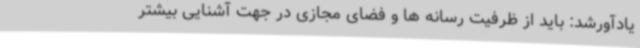
یادآورشد: باید از ظرفیت رسانه ها و فضای مجازی در جهت آشنایی بیشتر